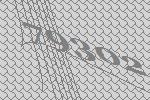
79302